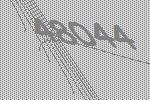
48044